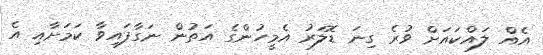
އެއް ލައްކައަށް ވުރެ ގިނަ ޑޮލަރު އެމީހުންގެ އަތުން ނަގާފައިވާ ކަމަށާއި އެ